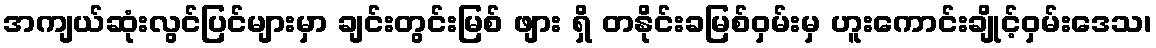
အကျယ်ဆုံးလွင်ပြင်များမှာ ချင်းတွင်းမြစ် ဖျား ရှိ တနိုင်းခမြစ်ဝှမ်းမှ ဟူးကောင်းချိုင့်ဝှမ်းဒေသ၊